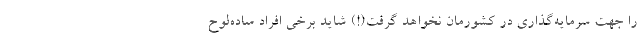
را جهت سرمایه‌گذاری در کشورمان نخواهد گرفت(!) شاید برخی افراد ساده‌لوح